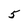
Character: 5